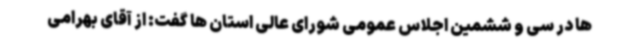
ها در سی و ششمین اجلاس عمومی شورای عالی استان ها گفت: از آقای بهرامی